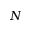
N